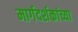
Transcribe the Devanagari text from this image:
मार्गदर्शकांच्या